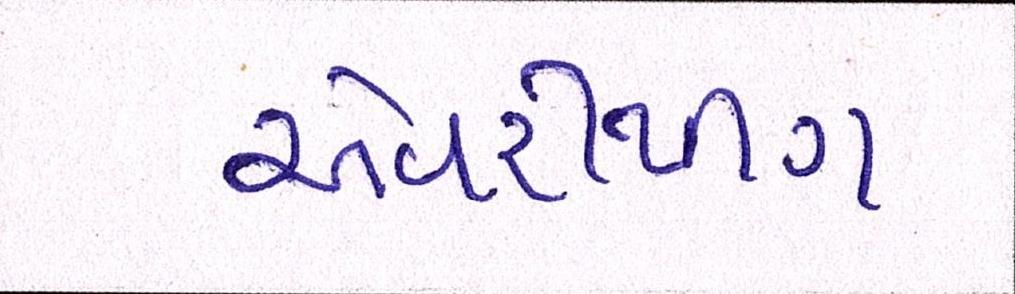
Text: એવરીથીંગ